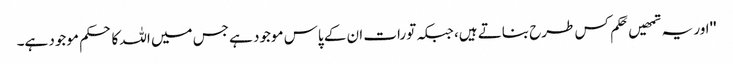
''اور یہ تمھیں حَکم کس طرح بناتے ہیں، جبکہ تورات ان کے پاس موجود ہے جس میں اللہ کا حکم موجود ہے۔